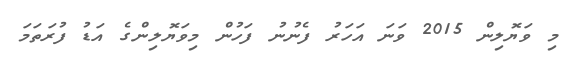
މި ވަޔޮލިން 2015 ވަނަ އަހަރު ފެނުނު ފަހުން މިވަޔޮލިންގެ އަޑު ފުރަތަމަ